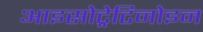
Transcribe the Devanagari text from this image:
आइसोट्रेटिनोइन